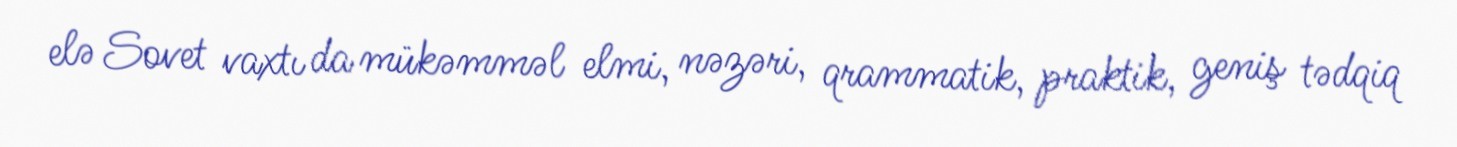
elə Sovet vaxtı da mükəmməl elmi, nəzəri, qrammatik, praktik, geniş tədqiq